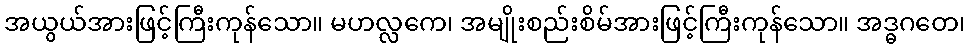
အယွယ်အားဖြင့်ကြီးကုန်သော။ မဟလ္လကေ၊ အမျိုးစည်းစိမ်အားဖြင့်ကြီးကုန်သော။ အဒ္ဓဂတေ၊